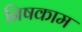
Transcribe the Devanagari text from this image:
निषकाम